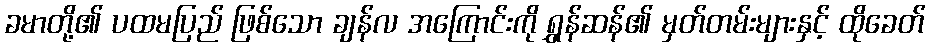
ခမာတို့၏ ပထမပြည် ဖြစ်သော ချန်လ အကြောင်းကို ရွှန်ဆန်၏ မှတ်တမ်းများနှင့် ထိုခေတ်